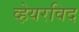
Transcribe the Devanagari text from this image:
व्हेयरविद